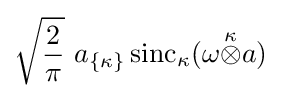
{\sqrt {2 \over \pi }}\,\,a_{\{\kappa \}}\,{\rm {sinc}}_{\kappa }(\omega {\stackrel {\kappa }{\otimes }}a)